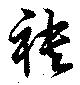
袂